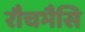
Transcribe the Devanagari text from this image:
रौचभैसि